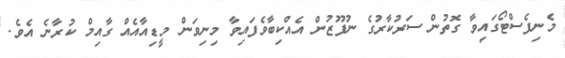
މެނިފެސްޓޯގައިވާ ގޮތުން ސަރުކާރުގެ ނުފޫޒުން އެއްކިބާވެފައިވާ މިނިވަން މީޑިއާއެއް ގާއިމް ކުރާނެ އެވެ.